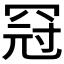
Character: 𱺿